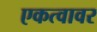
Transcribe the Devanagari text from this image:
एकत्वावर